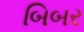
બિબર